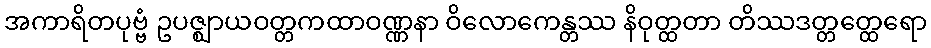
အကာရိတပုဗ္ဗံ ဥပဇ္ဈာယဝတ္တကထာဝဏ္ဏနာ ဝိလောကေန္တဿ နိဝုတ္ထတာ တိဿဒတ္တတ္ထေရော